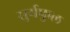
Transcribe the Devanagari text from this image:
सुर्यफुल